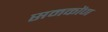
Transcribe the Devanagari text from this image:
समकोंण